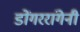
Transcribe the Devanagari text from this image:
डोंगररांगेनी